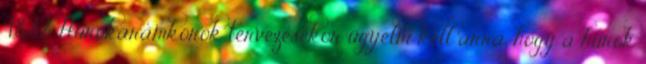
4.8.3.2. Hurokáramkörök tervezésekor ügyelni kell arra, hogy a hurok